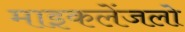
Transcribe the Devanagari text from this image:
माइकलेंजलो